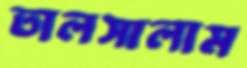
তালসালাম